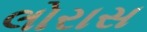
લોરાસ